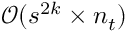
\mathcal { O } ( s ^ { 2 k } \times n _ { t } )